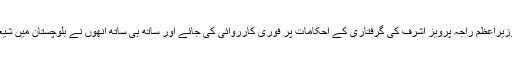
عمران خان نے حکومت سے کہا کہ وہ سپریم کورٹ کی طرف سے رینٹل پاور کیس میں وزیراعظم راجہ پرویز اشرف کی گرفتاری کے احکامات پر فوری کارروائی کی جائے اور ساتھ ہی ساتھ انھوں نے بلوچستان میں شیعہ ہزارہ برادری کے قتل و غارت میں ملوث عناصر کی فوری گرفتاری کا بھی مطالبہ کیا۔